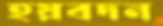
হয়বদন